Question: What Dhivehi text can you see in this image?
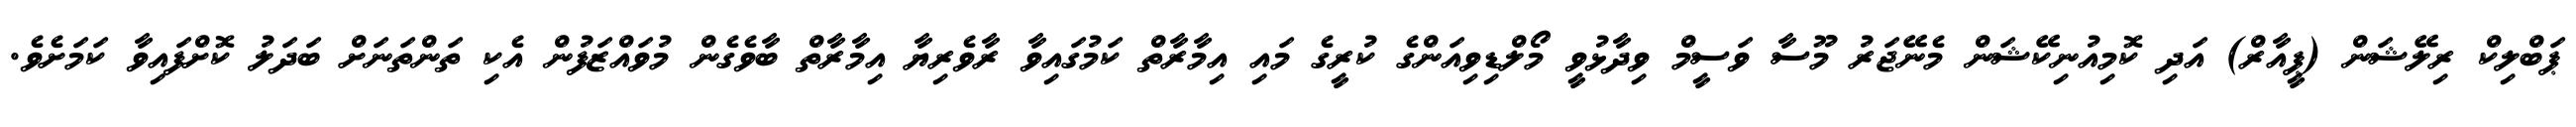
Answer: ޕަބްލިކް ރިލޭޝަން (ޕީއާރް) އަދި ކޮމިއުނިކޭޝަން މެނޭޖަރު މޫސާ ވަސީމް ވިދާޅުވީ މޯލްޑިވިއަންގެ ކުރީގެ މައި އިމާރާތް ކަމުގައިވާ ރާވެރިޔާ އިމާރާތް ބާވެގެން މުވައްޒަފުން އެކި ތަންތަނަށް ބަދަލު ކޮށްފައިވާ ކަމަށެވެ.